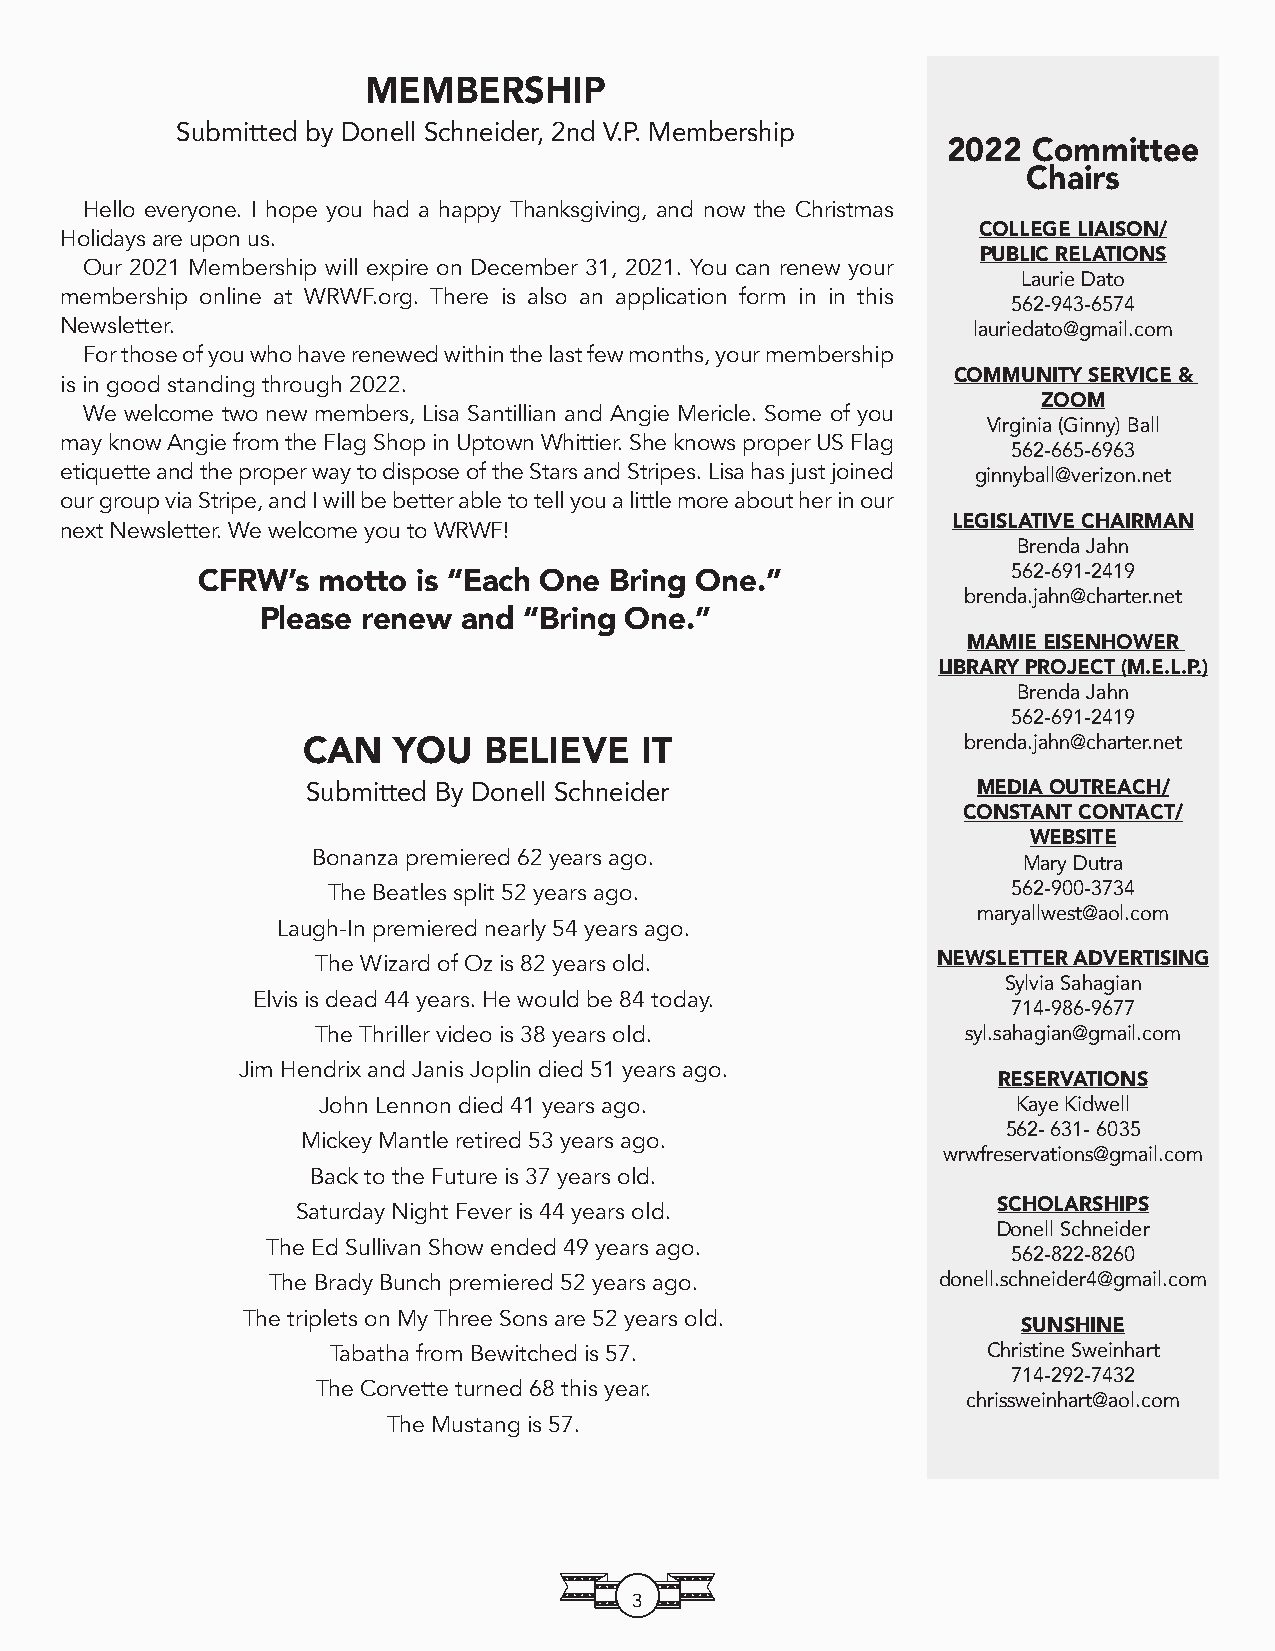
MEMBERSHIP
 Submitted by Donell Schneider, 2nd V.P. Membership
 2022 Committee
 Chairs
 Hello everyone. I hope you had a happy Thanksgiving, and now the Christmas
 COLLEGE LIAISON/
 Holidays are upon us.
 PUBLIC RELATIONS
 Our 2021 Membership will expire on December 31, 2021. You can renew your
 Laurie Dato
 membership online at WRWF.org. There is also an application form in in this
 562-943-6574
 Newsletter.                                                 lauriedato@gmail.com
 For those of you who have renewed within the last few months, your membership
 COMMUNITY SERVICE &
 is in good standing through 2022.
 ZOOM
 We welcome two new members, Lisa Santillian and Angie Mericle. Some of you
 Virginia (Ginny) Ball
 may know Angie from the Flag Shop in Uptown Whittier. She knows proper US Flag
 562-665-6963
 etiquette and the proper way to dispose of the Stars and Stripes. Lisa has just joined ginnyball@verizon.net
 our group via Stripe, and I will be better able to tell you a little more about her in our
 LEGISLATIVE CHAIRMAN
 next Newsletter. We welcome you to WRWF!
 Brenda Jahn
 562-691-2419
 CFRW’s  motto  is “Each One Bring One.”
 brenda.jahn@charter.net
 Please renew  and “Bring One.”
 MAMIE EISENHOWER
 LIBRARY PROJECT (M.E.L.P.)
 Brenda Jahn
 562-691-2419
 CAN   YOU   BELIEVE   IT                    brenda.jahn@charter.net
 Submitted By Donell Schneider                MEDIA OUTREACH/
 CONSTANT CONTACT/
 WEBSITE
 Bonanza premiered 62 years ago.                Mary Dutra
 The Beatles split 52 years ago.              562-900-3734
 maryallwest@aol.com
 Laugh-In premiered nearly 54 years ago.
 The Wizard of Oz is 82 years old.        NEWSLETTER ADVERTISING
 Sylvia Sahagian
 Elvis is dead 44 years. He would be 84 today.
 714-986-9677
 The Thriller video is 38 years old.        syl.sahagian@gmail.com
 Jim Hendrix and Janis Joplin died 51 years ago.
 RESERVATIONS
 John Lennon died 41 years ago.                Kaye Kidwell
 562- 631- 6035
 Mickey Mantle retired 53 years ago.
 wrwfreservations@gmail.com
 Back to the Future is 37 years old.
 SCHOLARSHIPS
 Saturday Night Fever is 44 years old.
 Donell Schneider
 The Ed Sullivan Show ended 49 years ago.
 562-822-8260
 The Brady Bunch premiered 52 years ago.     donell.schneider4@gmail.com
 The triplets on My Three Sons are 52 years old.
 SUNSHINE
 Tabatha from Bewitched is 57.              Christine Sweinhart
 714-292-7432
 The Corvette turned 68 this year.
 chrissweinhart@aol.com
 The Mustang is 57.
 3